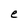
Character: e